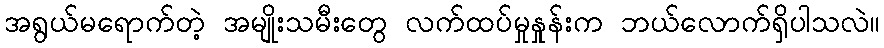
အရွယ်မရောက်တဲ့ အမျိုးသမီးတွေ လက်ထပ်မှုနှုန်းက ဘယ်လောက်ရှိပါသလဲ။